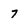
Character: 7